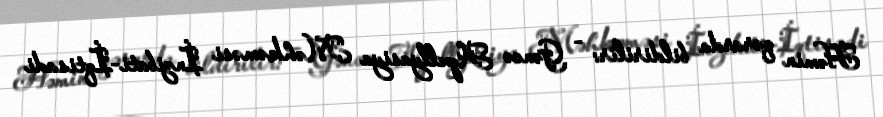
Həmin qərarda bildirilir: - Gəncə Apellyasiya Məhkəməsi İnzibati-İqtisadi